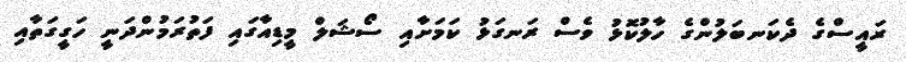
ރައީސްގެ ދެކަނބަލުންގެ ހާލުކޮޅު ވެސް ރަނގަޅު ކަމަށާއި ސޯޝަލް މީޑިއާގައި ފަތުރަމުންދަނީ ހަގީގަތާއި